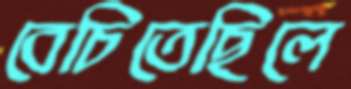
বেচিতেছিলে